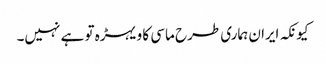
کیونکہ ایران ہماری طرح ماسی کا ویہڑہ تو ہے نہیں۔